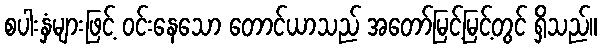
စပါးနှံများဖြင့် ဝင်းနေသော တောင်ယာသည် အတော်မြင့်မြင့်တွင် ရှိသည်။